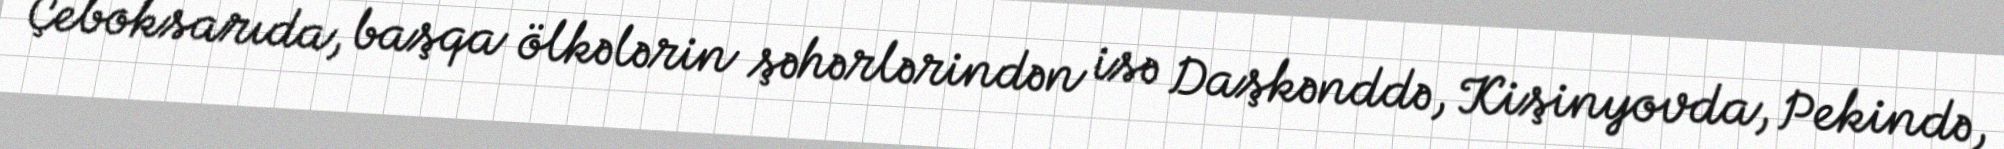
Çeboksarıda, başqa ölkələrin şəhərlərindən isə Daşkənddə, Kişinyovda, Pekində,